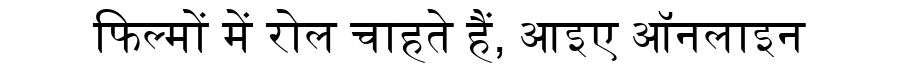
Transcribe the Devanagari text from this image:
फिल्मों में रोल चाहते हैं, आइए ऑनलाइन